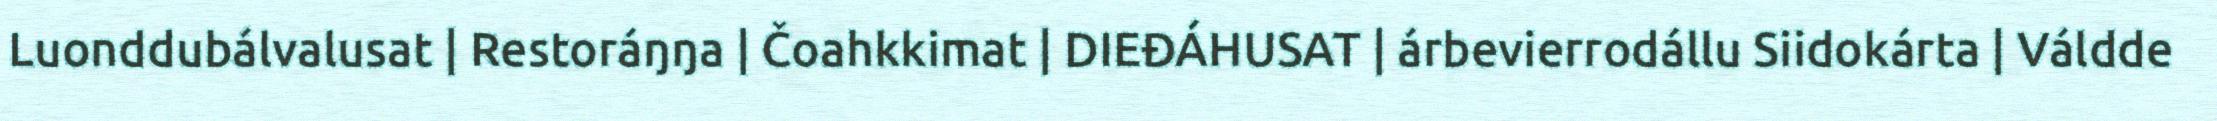
Luonddubálvalusat | Restoráŋŋa | Čoahkkimat | DIEĐÁHUSAT | árbevierrodállu Siidokárta | Váldde